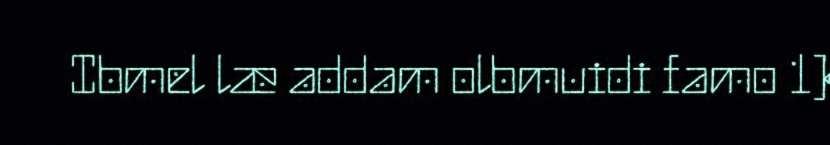
Ibmel læ addam olbmuidi famo 1)